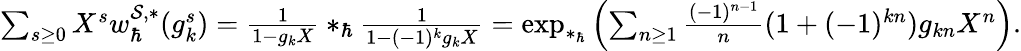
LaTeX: \begin{array}{r}{\sum_{s\ge 0}X^{s}w_{\hbar}^{\mathcal{S},\ast}(g_{k}^{s})=\frac{1}{1-g_{k}X}\ast_{\hbar}\frac{1}{1-(-1)^{k}g_{k}X}=\exp_{\ast_{\hbar}}{\left(\sum_{n\ge 1}\frac{(-1)^{n-1}}{n}(1+(-1)^{kn})g_{kn}X^{n}\right)}.}\end{array}